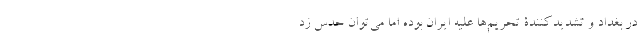
در بغداد و تشدید‌کنندۀ تحریم‌ها علیه ایران بوده اما می‌توان حدس زد